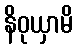
နိဝုယှာမိ